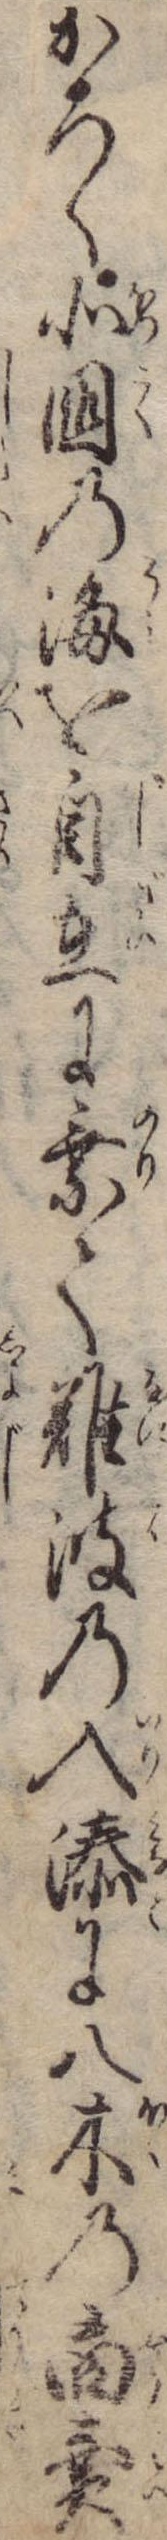
かろく北国の海を自在に乗て難波の入湊に八木の商売